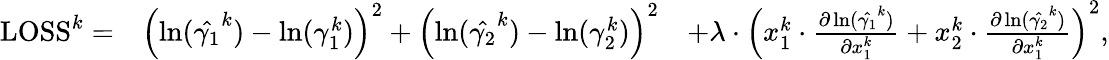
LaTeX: \begin{array}{rlr}{\mathrm{LOSS}^{k}=}&{\left(\ln(\hat{\gamma_{1}}^{k})-\ln(\gamma_{1}^{k})\right)^{2}+\left(\ln(\hat{\gamma_{2}}^{k})-\ln(\gamma_{2}^{k})\right)^{2}}&{+\lambda\cdot\left(x_{1}^{k}\cdot\frac{\partial\ln(\hat{\gamma_{1}}^{k})}{\partial x_{1}^{k}}+x_{2}^{k}\cdot\frac{\partial\ln(\hat{\gamma_{2}}^{k})}{\partial x_{1}^{k}}\right)^{2},}\end{array}